Indian journal of veterinary science and animal husbandry - Volume 8,
Year: 1938
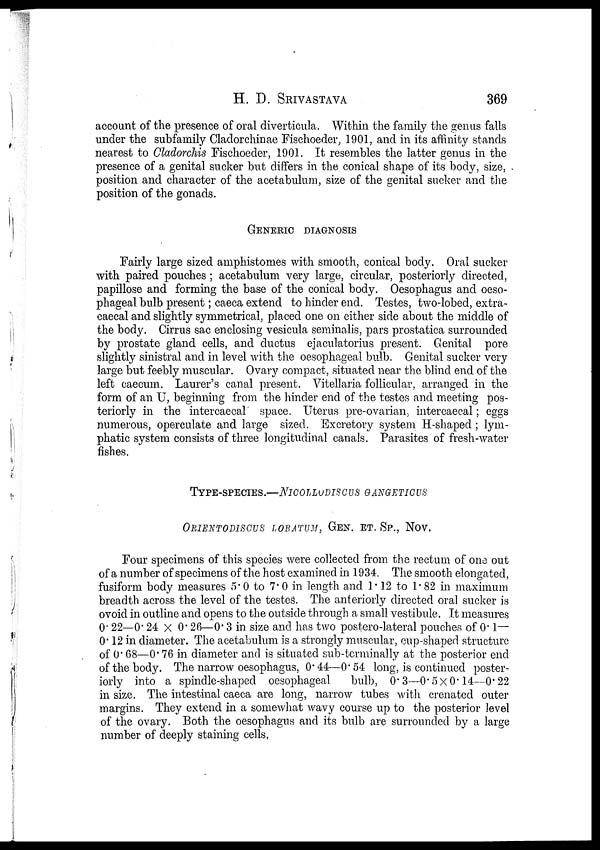
H. D.
SRIVASTAVA
369
account of the presence of oral diverticula. Within the family the genus falls
under the subfamily Cladorchinae Fischoeder, 1901, and in its affinity stands
nearest to Cladorchis Fischoeder, 1901. It resembles the latter genus in the
presence of a genital sucker but differs in the conical shape of its body, size,
position and character of the acetabulum, size of the genital sucker and the
position of the gonads.
GENERIC DIAGNOSIS
Fairly large sized amphistomes with smooth, conical body. Oral sucker
with paired pouches; acetabulum very large, circular, posteriorly directed,
papillose and forming the base of the conical body. Oesophagus and oeso-
phageal bulb present; caeca extend to hinder end. Testes, two-lobed, extra¬
caecal and slightly symmetrical, placed one on either side about the middle of
the body. Cirrus sac enclosing vesicula seminalis, pars prostatica surrounded
by prostate gland cells, and ductus ejaculatorius present. Genital pore
slightly sinistral and in level with the oesophageal bulb. Genital sucker very
large but feebly muscular. Ovary compact, situated near the blind end of the
left caecum. Laurer's canal present. Vitellaria follicular, arranged in the
form of an U, beginning from the hinder end of the testes and meeting pos-
teriorly in the intercaecal space. Uterus pre-ovarian, intercaecal; eggs
numerous, operculate and large sized. Excretory system H-shaped; lym-
phatic system consists of three longitudinal canals. Parasites of fresh-water
fishes.
TYPE-SPECIES.—NICOLLUDISCUS GANGETICUS
ORIENTODISCUS LOBATUM, GEN. ET. SP., NOV.
Four specimens of this species were collected from the rectum of one out
of a number of specimens of the host examined in 1934. The smooth elongated,
fusiform body measures 5.0 to 7.0 in length and 1.12 to 1.82 in maximum
breadth across the level of the testes. The anteriorly directed oral sucker is
ovoid in outline and opens to the outside through a small vestibule. It measures
0.22—0.24 × 0.26—0.3 in size and has two postero-lateral pouches of 0.1—
0.12 in diameter. The acetabulum is a strongly muscular, cup-shaped structure
of 0.68—0.76 in diameter and is situated sub-terminally at the posterior end
of the body. The narrow oesophagus, 0.44—0.54 long, is continued poster-
iorly into a spindle-shaped oesophageal
bulb, 0.3—0.5×0.14—0.22
in size. The intestinal caeca are long, narrow tubes with crenated outer
margins. They extend in a somewhat wavy course up to the posterior level
of the ovary. Both the oesophagus and its bulb are surrounded by a large
number of deeply staining cells,